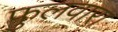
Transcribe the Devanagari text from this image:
फुलवारा